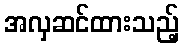
အလှဆင်ထားသည့်